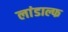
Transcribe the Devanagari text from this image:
लांडाल्फ